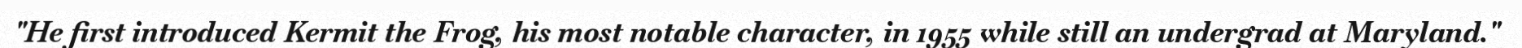
"He first introduced Kermit the Frog, his most notable character, in 1955 while still an undergrad at Maryland."